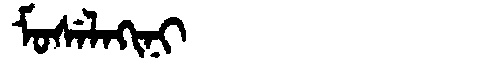
Manchu: ᠮᠣᠰᡝᠯᠠᡴᡳᠨᡳ
Romanization: MOSELAKINI